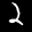
Label: 2